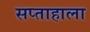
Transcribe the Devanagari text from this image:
सप्‍ताहाला